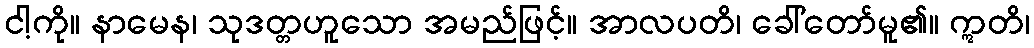
ငါ့ကို။ နာမေန၊ သုဒတ္တဟူသော အမည်ဖြင့်။ အာလပတိ၊ ခေါ်တော်မူ၏။ ဣတိ၊